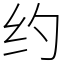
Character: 约